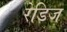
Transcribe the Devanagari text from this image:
रेडिज